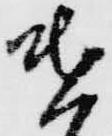
遣